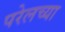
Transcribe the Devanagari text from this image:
परेलच्या